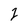
Character: 1